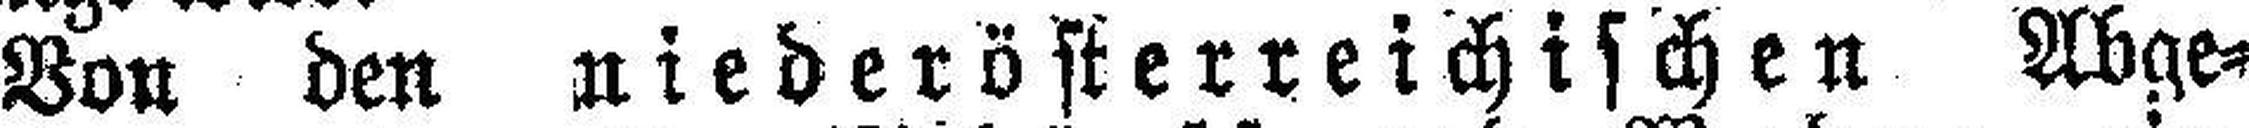
Von den niederösterreichischen Abge¬